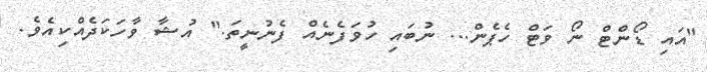
"އައި ޑޯންޓް ނޯ ވަޓް ހެޕެން... ނުބައި ހުވަފެނެއް ފެނުނީތަ." އުޝާ ވާހަކަދެއްކިއެވެ.